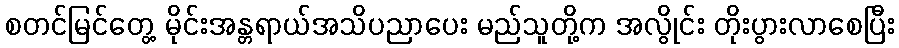
စတင်မြင်တွေ့ မိုင်းအန္တရာယ်အသိပညာပေး မည်သူတို့က အလွိုင်း တိုးပွားလာစေပြီး